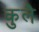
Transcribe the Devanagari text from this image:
कुलै